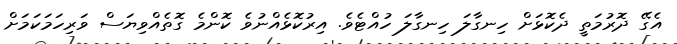
އެގޭ ދޮރުމަތީ ދެކޮޅަށް ހިނގާލަ ހިނގާލަ ހުއްޓެވެ. އިރުކޮޅެއްނުވެ ކޮންމެ ގޮތެއްވިޔަސް ވަރިހަމަކަމަށް